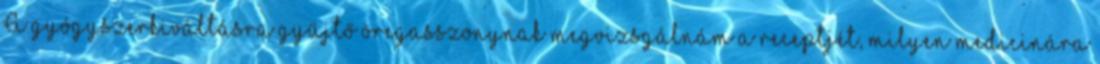
A gyógyszerkiváltásra gyűjtő öregasszonynak megvizsgálnám a receptjét, milyen medicinára